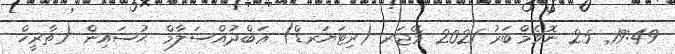
19:49